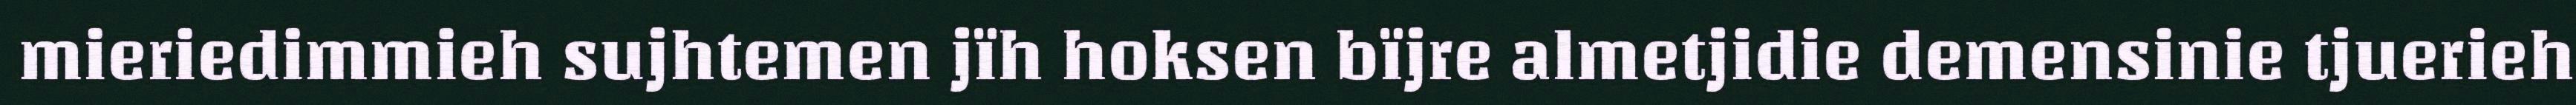
mieriedimmieh sujhtemen jïh hoksen bïjre almetjidie demensinie tjuerieh